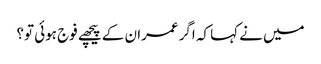
میں نے کہا کہ اگر عمران کے پیچھے فوج ہوئی تو؟